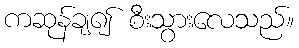
ကဆုန်ချ၍ စီးသွားလေသည်။